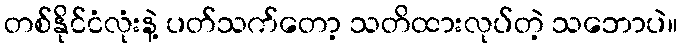
တစ်နိုင်ငံလုံးနဲ့ ပတ်သက်တော့ သတိထားလုပ်တဲ့ သဘောပဲ။